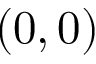
( 0 , 0 )